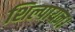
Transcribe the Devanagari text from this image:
शिल्पायन।